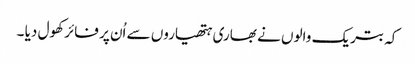
کہ بتریک والوں نے بھاری ہتھیاروں سے اُن پر فائر کھول دیا ۔